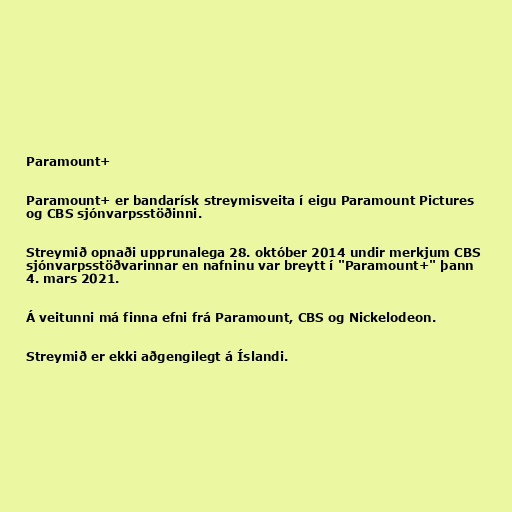
Paramount+

Paramount+ er bandarísk streymisveita í eigu Paramount Pictures
og CBS sjónvarpsstöðinni.

Streymið opnaði upprunalega 28. október 2014 undir merkjum CBS
sjónvarpsstöðvarinnar en nafninu var breytt í "Paramount+" þann
4. mars 2021.

Á veitunni má finna efni frá Paramount, CBS og Nickelodeon.

Streymið er ekki aðgengilegt á Íslandi.